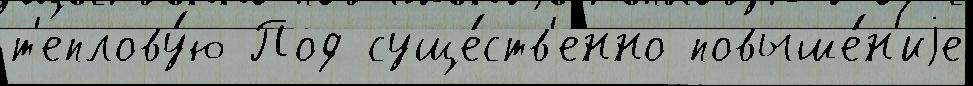
т'еплову́ю Под суще́ств'енно повыше́н'иjе